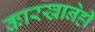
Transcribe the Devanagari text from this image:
कारखानेही